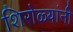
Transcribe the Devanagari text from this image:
शिरोळ्यांनी